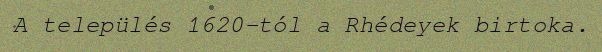
A település 1620-tól a Rhédeyek birtoka.